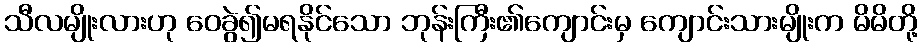
သီလမျိုးလားဟု ဝေခွဲ၍မရနိုင်သော ဘုန်းကြီး၏ကျောင်းမှ ကျောင်းသားမျိုးက မိမိတို့